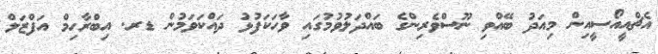
އެޗްއީއޯސީއިން މިއަދު ބޭއްވި ނޫސްވެރިންގެ ބައްދަލުވުމުގައި ވާހަކަފުޅު ދައްކަވަމުން ޑރ. އިބްރާހިމް އަފްޒަލް